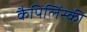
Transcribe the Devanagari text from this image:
कैपिलिंस्की